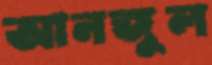
আনজুল